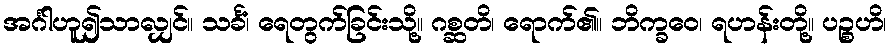
အင်္ဂါဟူ၍သာလျှင်။ သင်္ခံ၊ ရေတွက်ခြင်းသို့။ ဂစ္ဆတိ၊ ရောက်၏။ ဘိက္ခဝေ၊ ရဟန်းတို့။ ပဉ္စဟိ၊